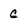
Character: c